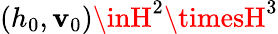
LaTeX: (h_{0},\mathbf{v}_{0})\inH^{2}\timesH^{3}